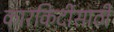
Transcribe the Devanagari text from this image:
कारकिर्दीसाठी